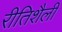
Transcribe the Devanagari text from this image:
रीतिशैली